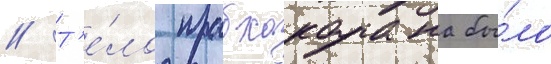
// Т'е́ло прабхакарана бы́ло